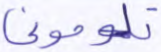
تلوموني